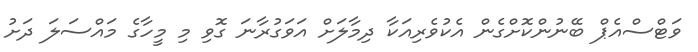
ވަޓްސްއެޕް ބޭނުންކޮށްގެން އެކުވެރިއަކާ ދިމާލަށް އަވަގުރާނަ ގޮވި މި މީހާގެ މައްސަލަ ދަށު